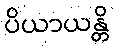
ပိယာယန္တိ